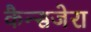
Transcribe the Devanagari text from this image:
कैन्सजेरा